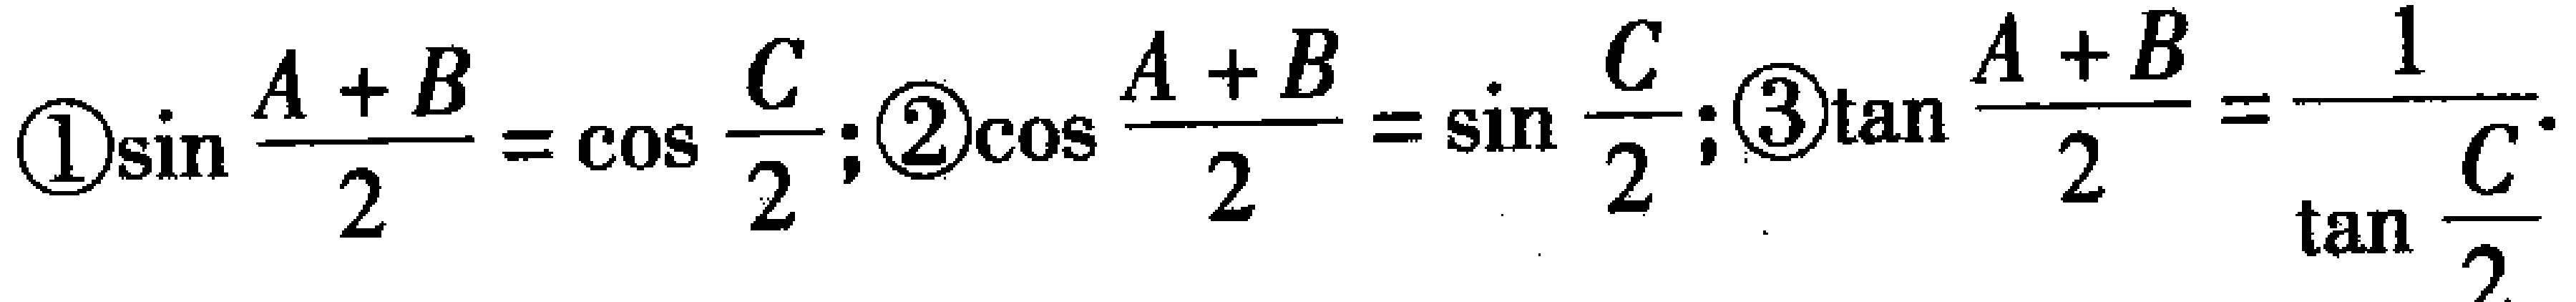
\textcircled{1}$\sin\frac{A + B}{2}=\cos\frac{C}{2}$; \textcircled{2}$\cos\frac{A + B}{2}=\sin\frac{C}{2}$; \textcircled{3}$\tan\frac{A + B}{2}=\frac{1}{\tan\frac{C}{2}}$